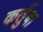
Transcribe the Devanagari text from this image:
कर्तुबा